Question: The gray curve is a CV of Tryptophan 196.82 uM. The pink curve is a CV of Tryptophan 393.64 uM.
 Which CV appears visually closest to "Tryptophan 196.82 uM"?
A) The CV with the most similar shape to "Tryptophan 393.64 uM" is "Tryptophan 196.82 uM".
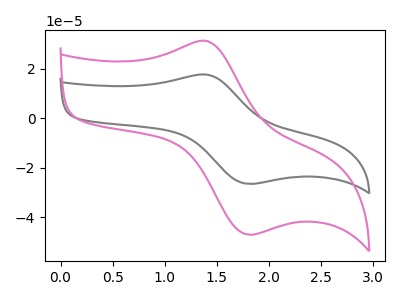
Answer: <think>The gray curve "Tryptophan 196.82 uM" has an anodic peak at (1.40V, 17.55uA) and a cathodic peak at (1.80V, -26.55uA). The pink curve "Tryptophan 393.64 uM" has an anodic peak at (1.40V, 31.10uA) and a cathodic peak at (1.80V, -47.05uA).
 All the peaks in "Tryptophan 196.82 uM" have a peak in "Tryptophan 393.64 uM" at the same potential. Every peak in "Tryptophan 196.82 uM" is lower than every peak in "Tryptophan 393.64 uM".</think>
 <answer>A) The CV with the most similar shape to "Tryptophan 393.64 uM" is "Tryptophan 196.82 uM".</answer>
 <eval>A</eval>